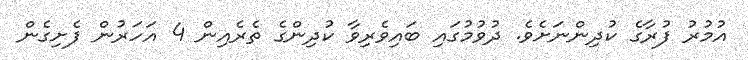
އުމުރު ފުރާގެ ކުދިންނަށެވެ. ދުވުމުގައި ބައިވެރިވާ ކުދިންގެ ތެރެއިން 4 އަހަރުން ފެށިގެން